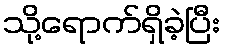
သို့ရောက်ရှိခဲ့ပြီး